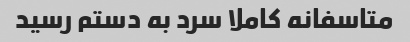
متاسفانه کاملا سرد به دستم رسید